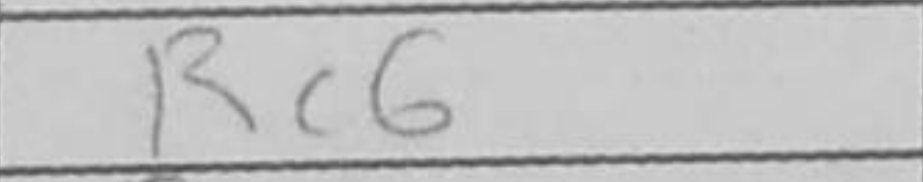
Transcription: Rc6